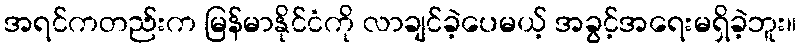
အရင်ကတည်းက မြန်မာနိုင်ငံကို လာချင်ခဲ့ပေမယ့် အခွင့်အရေးမရှိခဲ့ဘူး။